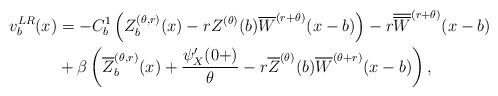
LaTeX: \begin{align*} v^{LR}_{b}(x)&=- C^1_b\left( Z_b^{(\theta,r)}(x) - r Z^{(\theta)}(b) \overline{W}^{(r+\theta)}(x-b) \right) - r \overline{\overline{W}}^{(r+\theta)}(x-b)\\ &+ \beta \left( \overline{Z}_b^{( \theta ,r)}(x) + \dfrac{\psi_X'(0+)}{\theta} - r \overline{Z}^{(\theta)}(b) \overline{W}^{(\theta+r )}(x-b) \right), \end{align*}